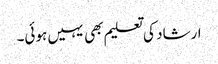
ارشاد کی تعلیم بھی یہیں ہوئی۔